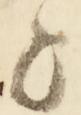
と